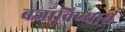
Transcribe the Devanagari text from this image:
बजाविण्यास